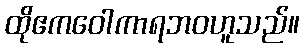
ထိုဧကဝေါကာရဘဝဟူသည်။